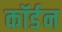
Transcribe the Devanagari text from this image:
कॉर्डन